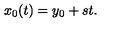
x _ { 0 } ( t ) = y _ { 0 } + s t .